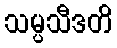
သမ္ပသီဒတိ